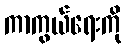
ကာကွယ်ရေးကို